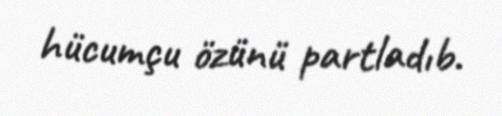
hücumçu özünü partladıb.